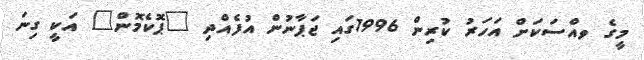
މީގެ ވއްސަކަށް އަހަރު ކުރިން 1996ގައި ޖަޕާނުން އުފެއްދި "ޕޮކެމޮން" އަކީ ގިނަ